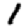
Digit: 1